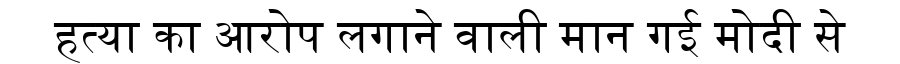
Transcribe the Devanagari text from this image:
हत्या का आरोप लगाने वाली मान गई मोदी से